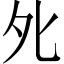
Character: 𡖅